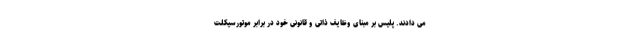
می دادند. پلیس بر مبنای وظایف ذاتی و قانونی خود در برابر موتورسیکلت